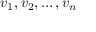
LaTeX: v _ { 1 } , v _ { 2 } , \ldots , v _ { n }